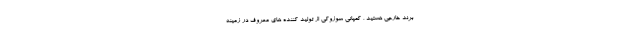
برند خارجی هستید ، کمپانی سوزوکی از تولید کننده های معروف در زمینه